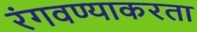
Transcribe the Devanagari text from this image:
रंगवण्याकरता